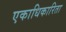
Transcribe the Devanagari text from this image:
एकाधिकारिता